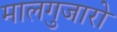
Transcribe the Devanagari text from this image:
मालगुजारो